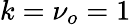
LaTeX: k=\nu_{o}=1